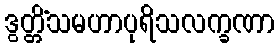
ဒွတ္တိံသမဟာပုရိသလက္ခဏာ